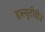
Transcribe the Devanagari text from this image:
डब्ल्यूटीवीजे